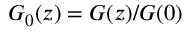
G _ { 0 } ( z ) = G ( z ) / G ( 0 )